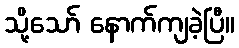
သို့သော် နောက်ကျခဲ့ပြီ။